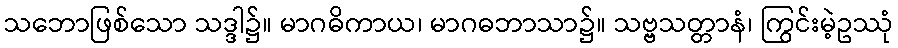
သဘောဖြစ်သော သဒ္ဒါ၌။ မာဂဓိကာယ၊ မာဂဓဘာသာ၌။ သဗ္ဗသတ္တာနံ၊ ကြွင်းမဲ့ဥဿုံ